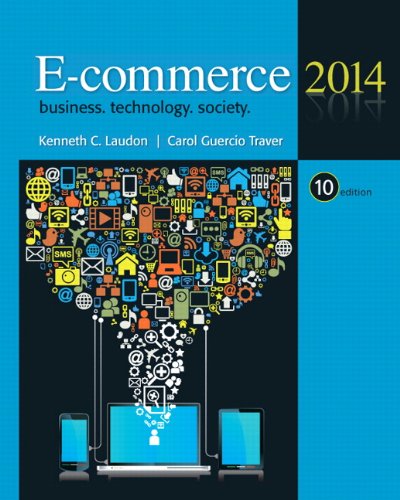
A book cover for E-Commerce 2014 (10th Edition); Kenneth C. Laudon; Computers & Technology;